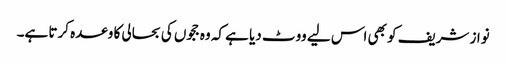
نواز شریف کو بھی اس لیے ووٹ دیا ہے کہ وہ ججوں کی بحالی کا وعدہ کرتا ہے۔